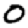
Digit: 0